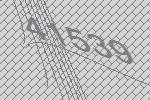
41539